Report on vaccination in Madras 1922-1929 - 1922-1929
Year: 1922
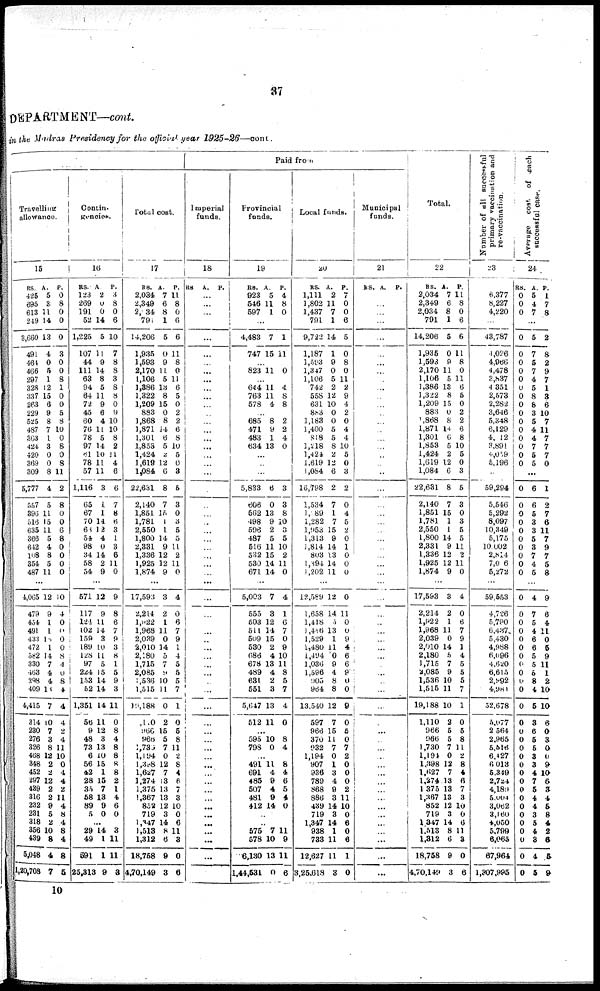
37
DEPARTMENT—cont.
in the Madras Presidency for the official year
1925-26—cont.
Travelling
allowance.
15
RS.
425
695
613
249
3,660
491
464
466
297
328
337
263
229
525
487
363
424
420
369
309
5,777
557
396
516
635
366
642
108
354
487
A.
5
3
11
14
13
4
0
5
1
12
15
6
9
8
7
1
3
0
0
8
4
5
11
15
11
5
4
8
5
11
P.
0
8
0
0
0
3
0
0
8
1
0
0
5
8
10
0
8
0
8
11
2
8
0
0
6
8
0
0
0
0
...
4,065
479
454
491
433
472
582
330
463
298
409
4,415
314
230
276
326
468
348
452
297
439
316
232
231
318
356
439
5,048
1,20,708
12
9
1
1
10
1
14
7
4
4
13
7
10
7
3
8
12
2
2
12
2
2
9
5
2
10
8
4
7
10
4
0
0
0
0
8
4
0
8
4
4
4
2
4
11
10
0
4
4
2
11
4
8
4
8
4
8
5
Contin-
gencies.
16
RS.
123
269
191
52
1,225
107
44
111
63
94
64
72
45
60
76
78
97
81
78
57
1,116
65
67
70
60
54
98
34
58
54
A.
2
0
0
14
5
11
9
14
8
5
11
9
6
4
11
5
14
10
11
11
3
1
1
14
12
4
0
14
2
9
P.
3
8
0
6
10
7
8
8
3
8
8
0
9
10
10
8
2
11
4
6
6
7
8
6
3
1
3
6
11
0
...
571
117
124
102
159
189
128
97
224
153
52
1,351
56
9
48
73
6
56
42
28
35
58
89
5
12
9
11
14
3
10
11
5
15
14
14
14
11
12
3
13
10
15
1
15
7
13
9
0
9
8
6
7
9
3
8
1
5
9
3
11
0
8
4
8
8
8
8
2
1
4
6
0
...
29
49
591
25,313
14
1
1
9
3
11
11
8
Total cost.
17
RS.
2,034
2,349
2,034
791
14,206
1,935
1,593
2,170
1,106
1,386
1,322
1,209
883
1,868
1,871
1,301
1,853
1,424
1,619
1,084
22,631
2,140
1,851
1,781
2,550
1,800
2,331
1,336
1,925
1,874
A.
7
6
8
1
5
0
9
11
5
13
8
15
0
8
14
6
5
2
12
6
8
7
15
1
1
14
9
12
12
9
P.
11
8
0
6
6
11
8
0
11
6
5
0
2
2
6
8
10
5
0
3
5
3
0
3
5
5
11
2
11
0
...
17,593
2,214
1,922
1,968
2,039
2,010
2,180
1,715
2,085
1,536
1,515
19,188
1.0
966
966
1,739
1,194
l,398
1,627
1,274
1,375
1,367
853
719
l,347
1,518
1,312
18,758
4,70,149
3
2
1
11
0
14
5
7
9
10
11
0
2
15
5
7
0
12
7
13
13
13
12
3
14
8
6
9
3
4
0
6
7
9
1
4
5
5
5
7
1
0
5
8
11
2
8
4
6
7
3
10
0
6
11
3
0
6
Paid from
Imperial
funds.
18
RS A. P.
...
...
...
...
...
...
...
...
...
...
...
...
...
...
...
...
...
...
...
...
...
...
...
...
...
...
...
...
...
...
...
...
...
...
...
...
...
...
...
..
...
...
...
...
... ...
...
...
...
...
...
...
...
...
...
...
...
...
Provincial
funds.
19
RS.
923
546
597
A.
5
11
1
P.
4
8
0
...
4,483
747
7
15
1
11
...
823 11 0
...
644
763
578
11
11
4
4
8
8
...
685
471
483
634
8
9
1
13
2
2
4
0
...
...
...
5,833
606
562
498
596
487
516
532
530
671
6
0
13
9
2
5
11
15
14
14
3
3
8
10
3
5
10
2
11
0
...
5,003
555
503
511
509
530
686
678
489
631
551
5,647
512
7
3
12
14
15
2
4
13
4
2
3
13
11
4
1
6
7
0
9
10
11
8
5
7
4
0
...
595
798
10
0
8
4
...
491
691
485
507
481
412
11
4
9
4
9
14
8
4
6
5
4
0
...
...
575
578
6,130
1,44,531
7
10
13
0
11
9
11
6
Local funds.
20
RS.
1,111
1,802
1,437
791
9,722
1,187
1,593
1,347
1,106
742
558
631
883
1,183
1,400
818
1,218
1,424
1,619
1,084
16,798
1,534
1,089
1,282
1,953
1,313
1,814
803
1,304
1,202
A.
2
11
7
1
14
1
9
0
5
2
12
10
0
0
5
5
8
2
12
6
2
7
1
7
15
9
14
13
14
11
P.
7
0
0
6
5
0
8
0
11
2
9
4
2
0
4
4
10
5
0
3
2
0
4
5
2
0
1
0
0
0
...
12,589
1,658
1,418
1,458
1,529
1,480
l,494
1,036
1,596
905
964
13,540
597
966
370
932
1,194
907
936
789
868
886
439
719
1,347
938
733
12,627
3,25,618
12
14
5
13
1
11
0
9
4
8
8
12
7
15
11
7
0
1
3
4
9
3
14
3
14
1
11
11
3
0
11
0
0
9
4
6
6
9
0
0
9
0
5
0
7
2
0
0
0
2
11
10
0
6
0
6
1
0
Municipal
funds.
21
RS. A. P.
...
...
...
...
...
...
...
...
...
...
...
...
...
...
...
...
...
...
...
...
...
...
...
...
...
...
...
...
...
...
...
...
...
...
...
...
...
...
...
...
...
...
...
...
...
...
...
...
...
...
...
...
...
...
...
...
...
...
...
Total.
22
RS.
2,034
2,349
2,034
791
14,206
1,935
1,593
2,170
1,106
1,386
1,322
1,209
883
1,868
1,871
1,301
1,853
1,424
1,619
1,084
22,631
2,140
1,851
1,781
2,550
1,800
2,331
1,336
1,925
1,874
A.
7
6
8
1
5
0
9
11
5
13
8
15
0
8
14
6
5
2
12
6
8
7
15
1
1
14
9
12
12
9
P.
11
8
0
6
6
11
8
0
11
6
5
0
2
2
6
8
10
5
0
3
5
3
0
3
5
5
11
2
11
0
...
17,593
2,214
l,922
1,968
2,039
2,010
2,180
1,715
2,085
1,536
1,515
19,188
1,110
966
966
1,730
1,194
1,398
1,627
1,274
1,375
1,387
852
719
1,347
l,313
1,312
18,758
4,70,149
3
2
1
11
0
14
5
7
9
10
11
10
2
5
5
7
0
12
7
13
13
13
12
3
14
8
6
9
3
4
0
6
7
9
1
4
5
5
5
7
1
0
5
8
11
2
8
4
6
7
3
10
0
6
11
3
0
6
Number of all successful
primary vaccination and
re-vaccination.
23
6,377
8,227
4,220
...
43,787
1,026
4,966
4,478
3,837
4,351
2,573
2,282
3,646
5,348
6,129
4,012
3,891
4,069
5,196
...
59,294
5,546
5,292
8,097
10,349
5,175
10,002
2,814
7,006
5,272
...
59,553
4,726
5,790
6,437
5,430
4,988
6,096
4,620
6,615
2,992
4,981
52,678
5,077
2,564
2,965
5,516
6,427
6 013
5,349
2,724
4,189
5,004
3,062
3,160
4,050
5,799
6,065
67,964
1,307,995
Average cost. of each
successful case.
24
RS.
0
0
0
A.
5
4
7
P.
1
7
8
...
0
0
0
0
0
0
0
0
0
0
0
0
0
0
0
5
7
5
7
4
5
8
8
3
5
4
4
7
5
5
2
8
2
9
7
1
8
6
10
7
11
7
7
7
0
...
0
0
0
0
0
0
0
0
0
0
6
6
5
3
3
5
3
7
4
5
1
2
7
6
11
7
9
7
5
8
...
0
0
0
0
0
0
0
0
0
0
0
0
0
0
0
0
0
0
0
0
0
0
0
0
0
0
0
0
0
4
7
5
4
6
6
5
5
6
8
4
5
3
6
5
5
3
3
4
7
5
4
4
3
5
4
3
4
5
9
6
4
11
0
5
9
11
1
2
10
10
6
0
3
0
0
9
10
6
3
4
5
8
4
2
6
5
9
10